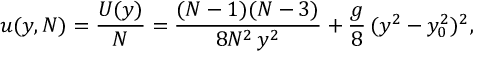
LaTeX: u ( y , N ) = \frac { U ( y ) } { N } = \frac { ( N - 1 ) ( N - 3 ) } { 8 N ^ { 2 } \, y ^ { 2 } } + \frac { g } { 8 } \, ( y ^ { 2 } - y _ { 0 } ^ { 2 } ) ^ { 2 } ,